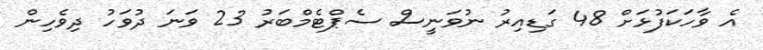
އެ ވާހަކަފުޅަށް 48 ގަޑިއިރު ނުވަނީސް ސެޕްޓެމްބަރު 23 ވަނަ ދުވަހު ދިވެހިން